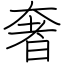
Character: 奢